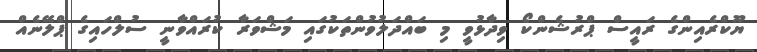
ޔޫކްރެއިންގެ ރައީސް ޕްރުޝެންކޯ ވިދާޅުވީ މި ބައްދަލުވުންތަކުގައި މަޝްވަރާ ކުރައްވާނީ ސުލްހައިގެ ޕްލޭނެއް